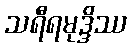
သရီရမုဒ္ဒိဿ